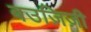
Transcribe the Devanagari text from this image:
बउज़िज़ी